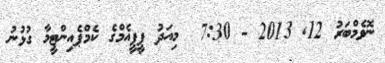
ނޮވެމްބަރު 12